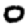
Digit: 0